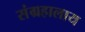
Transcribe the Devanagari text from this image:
संग्रहालाय